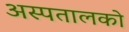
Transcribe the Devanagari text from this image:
अस्पतालको